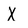
Character: X